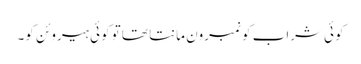
کوئی شراب کو نمبرون مانتا تھا تو کوئی ہیروئن کو۔